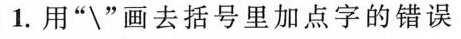
1.用“\”画去括号里加点字的错误